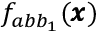
f _ { a b { b } _ { 1 } } ( { \pmb x } )